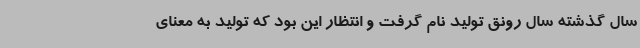
سال گذشته سال رونق تولید نام گرفت و انتظار ‌این بود که تولید به معنای